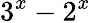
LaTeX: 3^{x}-2^{x}